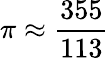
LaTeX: \pi\approx{\frac{355}{113}}